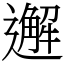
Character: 邂